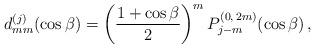
LaTeX: \begin{align*}d^{(j)}_{mm}(\cos\beta) =\left(\frac{1+\cos\beta}{2}\right)^m P^{(0,\,2m)}_{j-m}(\cos\beta)\,,\end{align*}